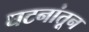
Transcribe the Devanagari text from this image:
घटनांतून